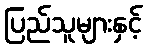
ပြည်သူများနှင့်